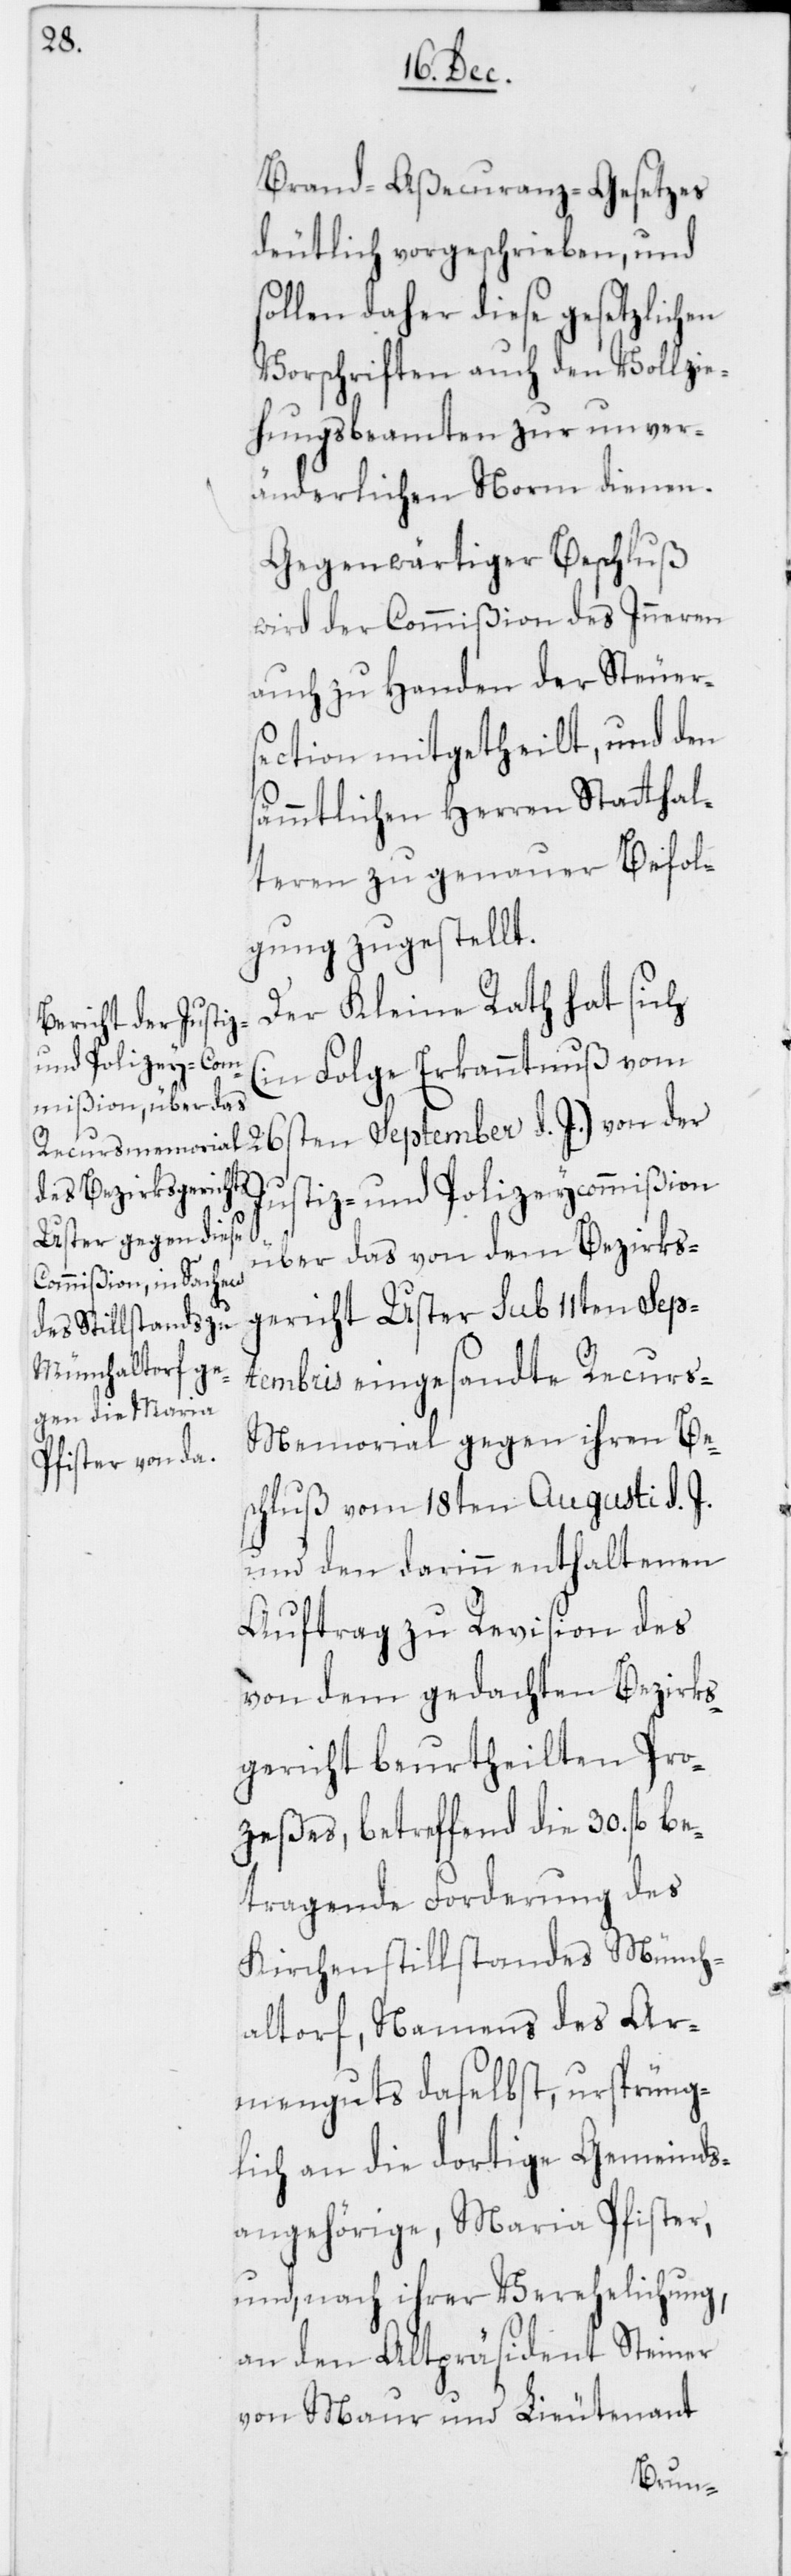
26s¬

Brand-Aßecuranz-Gesetzes
deutlich vorgeschrieben, und
sollen daher diese gesetzlichen
Vorschriften auch den Vollzie¬
hungsbeamten zur unver¬
änderlichen Norm dienen.
Gegenwärtiger Beschluß
wird der Commißion des Inneren
auch zu Handen der Steuer¬
section mitgetheilt, und den
sämmtlichen Herren Statthal¬
teren zu genauer Befol¬
gung zugestellt.
Der Kleine Rath hat sich
(in Folge Erkanntnuß vom
ten September d. J.) von der
Justiz- und Polizeycommißion
über das von dem Bezirks¬
gericht Uster sub 11ten Sep¬
tembris eingesandte Recurs-M¬
emorial gegen ihren Be¬
schluß vom 18ten Augusti d. J.
und den darinn enthaltenen
Auftrag zu Revision des
von dem gedachten Bezirks¬
gericht beurtheilten Pro¬
zeßes, betreffend die 30. fl. be¬
tragende Forderung des
Kirchenstillstandes Münch¬
altorf, Namens des Ar¬
menguts daselbst, ursprüng¬
lich an die dortige Gemeinds¬
angehörige, Maria Pfister,
und, nach ihrer Verehelichung,
an den Altpräsident Steiner
von Maur und Lieutenant